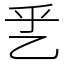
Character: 乯